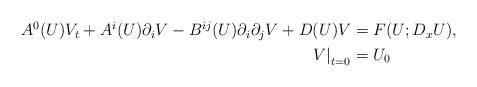
LaTeX: \begin{align*}\begin{aligned}A^{0}(U)V_{t}+A^{i}(U)\partial_{i}V-B^{ij}(U)\partial_{i}\partial_{j}V+D(U)V&=F(U;D_{x}U),\\\left.V\right\rvert_{t=0}&=U_{0}\end{aligned}\end{align*}